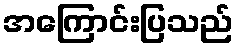
အကြောင်းပြသည်